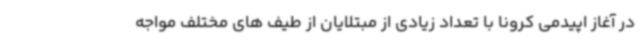
در آغاز اپیدمی کرونا با تعداد زیادی از مبتلایان از طیف های مختلف مواجه